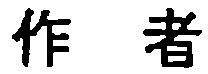
作者